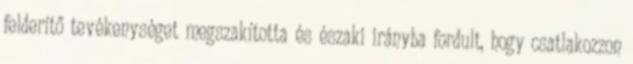
felderítő tevékenységet megszakította és északi irányba fordult, hogy csatlakozzon